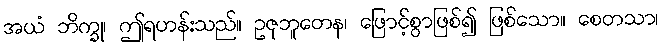
အယံ ဘိက္ခု၊ ဤရဟန်းသည်။ ဥဇုဘူတေန၊ ဖြောင့်စွာဖြစ်၍ ဖြစ်သော။ စေတသာ၊